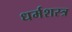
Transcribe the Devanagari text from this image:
धर्मशस्त्र